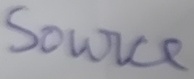
Text: Source